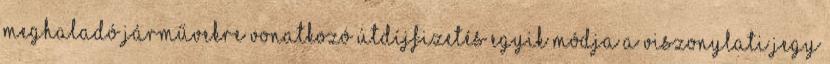
meghaladó járművekre vonatkozó útdíjfizetés egyik módja a viszonylati jegy